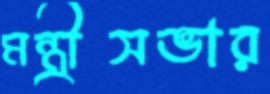
মন্ত্রীসভার